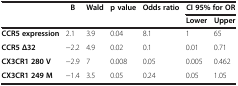
<table><thead><tr><td>[EMPTY_CELL]</td><td><b>B</b></td><td><b>Wald</b></td><td><b>p value</b></td><td><b>Odds ratio</b></td><td colspan="2"><b>CI 95% for OR</b></td></tr><tr><td>[EMPTY_CELL]</td><td>[EMPTY_CELL]</td><td>[EMPTY_CELL]</td><td>[EMPTY_CELL]</td><td>[EMPTY_CELL]</td><td><b>Lower</b></td><td><b>Upper</b></td></tr></thead><tbody><tr><td><b>CCR5 expression</b></td><td>2.1</td><td>3.9</td><td>0.04</td><td>8.1</td><td>1</td><td>65</td></tr><tr><td><b>CCR5 Δ32</b></td><td>−2.2</td><td>4.9</td><td>0.02</td><td>0.1</td><td>0.01</td><td>0.71</td></tr><tr><td><b>CX3CR1 280 V</b></td><td>−2.9</td><td>7</td><td>0.008</td><td>0.05</td><td>0.005</td><td>0.462</td></tr><tr><td><b>CX3CR1 249 M</b></td><td>−1.4</td><td>3.5</td><td>0.05</td><td>0.24</td><td>0.05</td><td>1.05</td></tr></tbody></table>